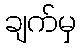
ချက်မှ